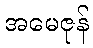
အမေဇုန်